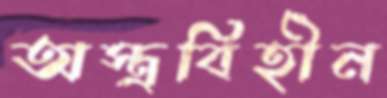
অস্ত্রবিহীন